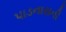
પાડનારાની